65_HS1-834228961_62-HQ-83894_Section_2
Agency: FBI
Page 9
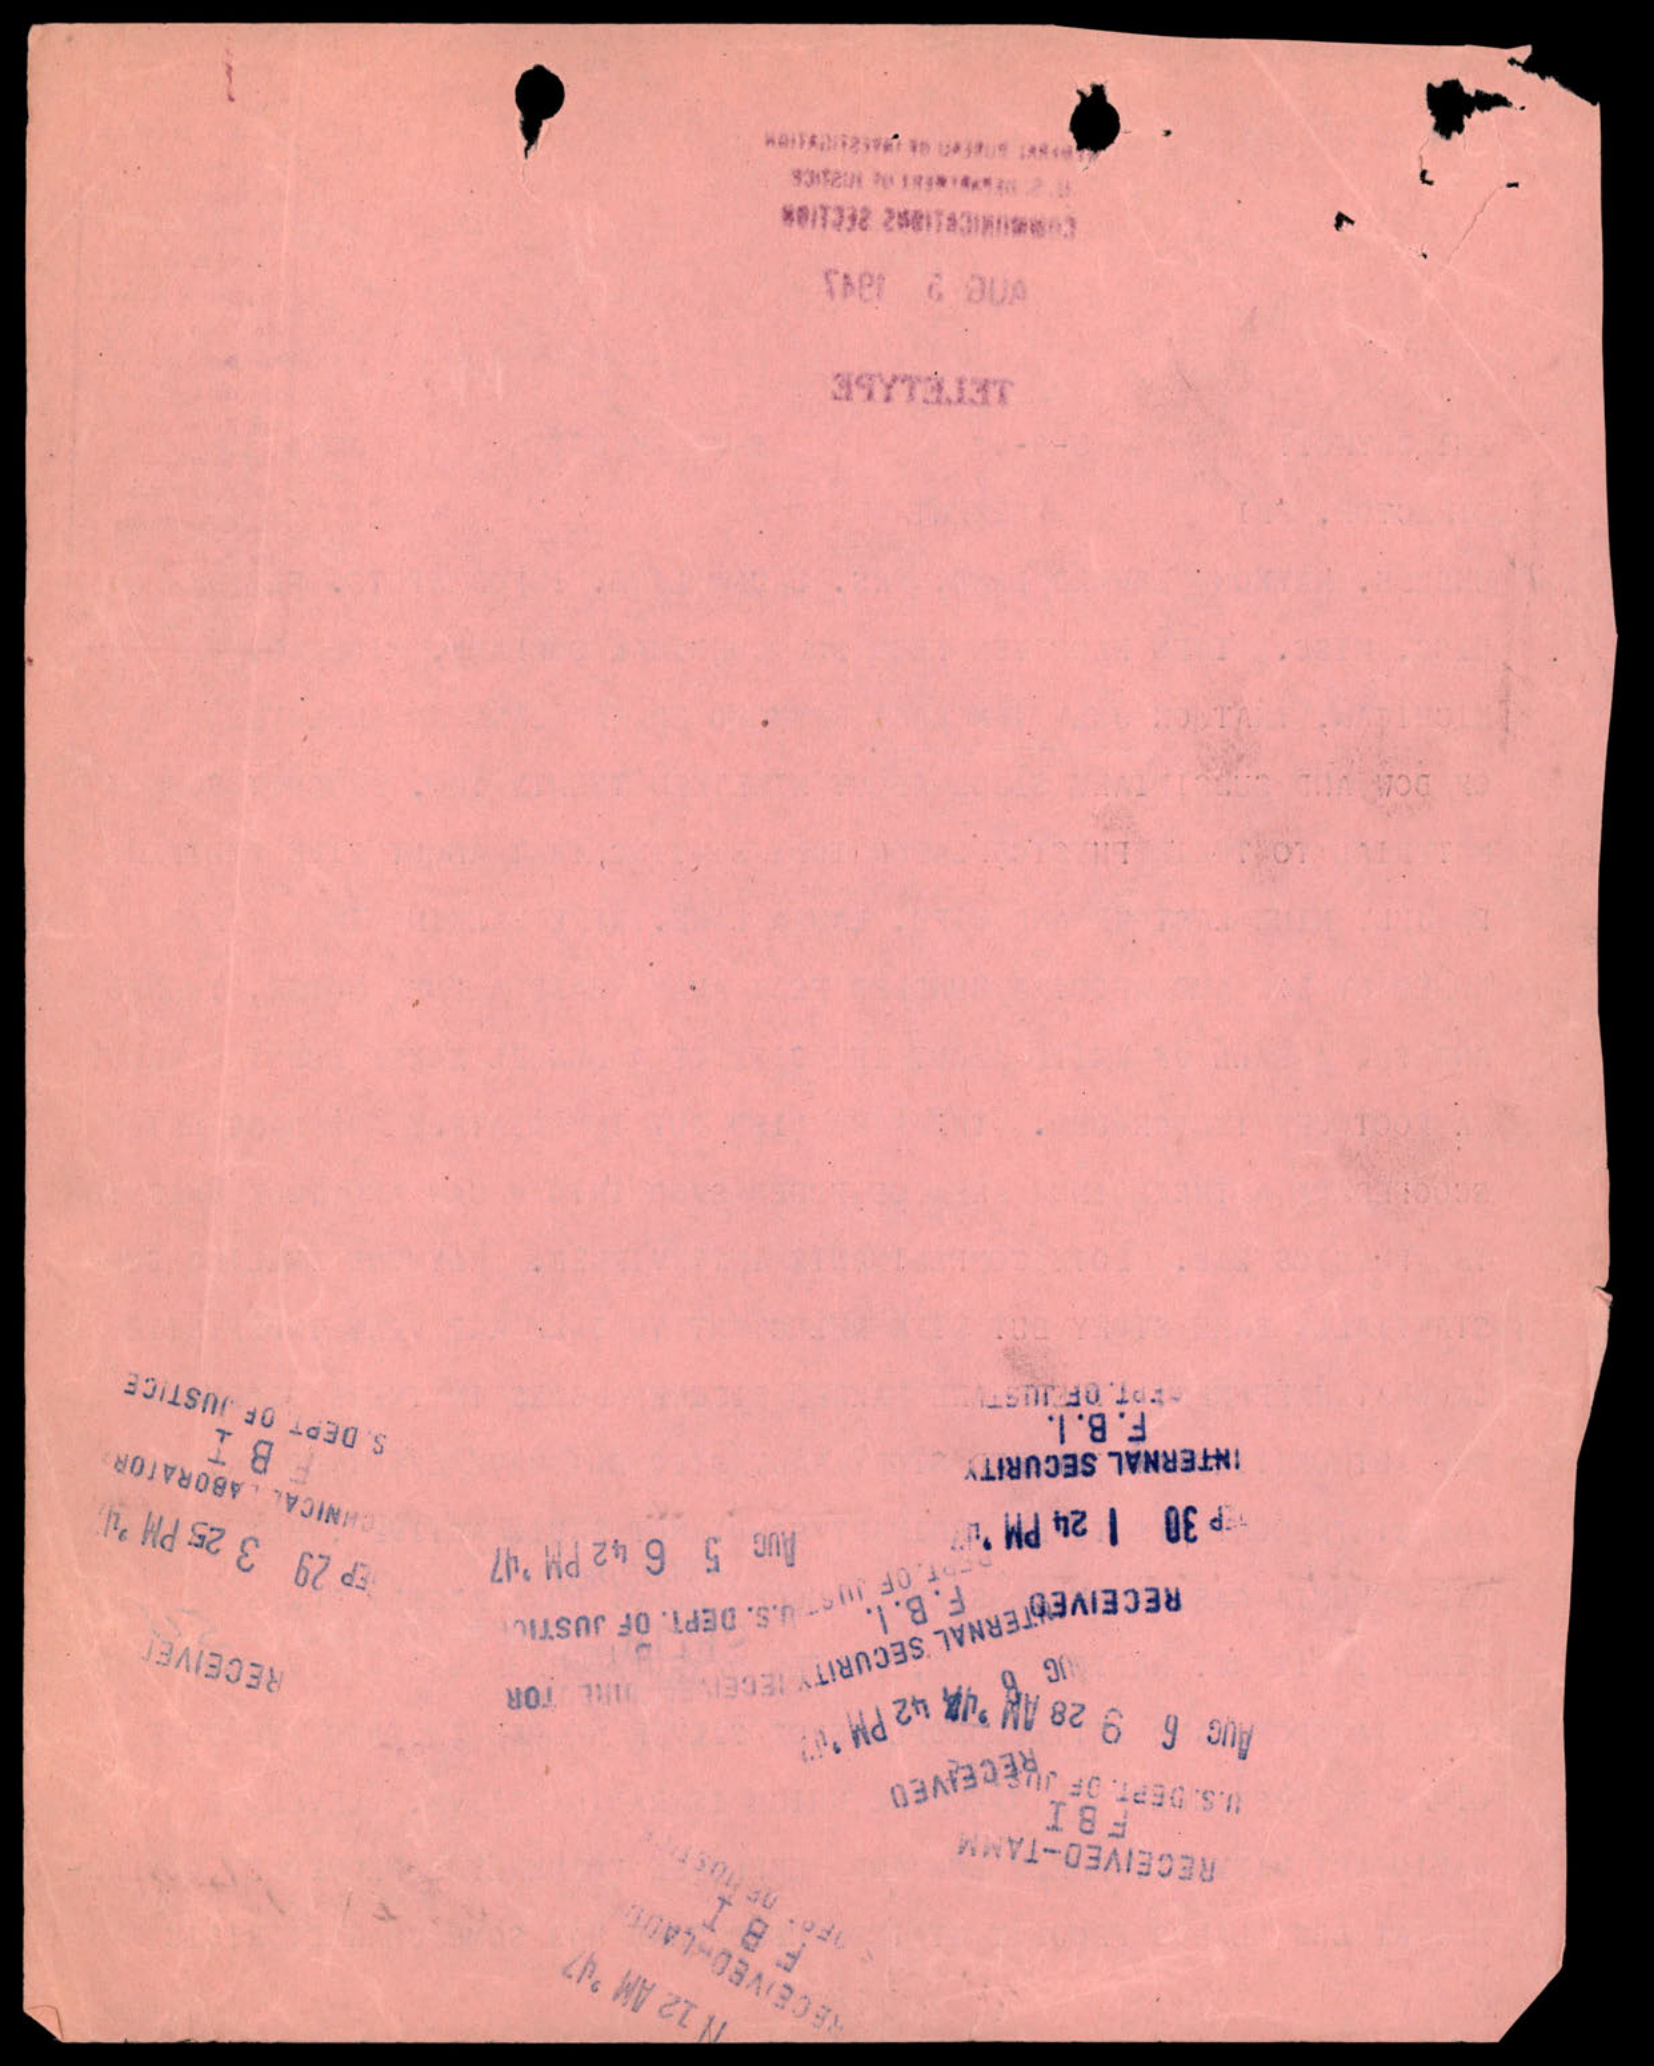